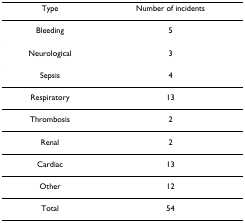
| Type | Number of incidents |
 | --- | --- |
 | Bleeding | 5 |
 | Neurological | 3 |
 | Sepsis | 4 |
 | Respiratory | 13 |
 | Thrombosis | 2 |
 | Renal | 2 |
 | Cardiac | 13 |
 | Other | 12 |
 | Total | 54 |